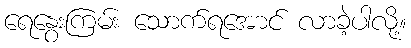
ရေနွေးကြမ်း သောက်ရအောင် လာခဲ့ပါလို့။